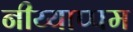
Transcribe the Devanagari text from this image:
नीय्याप्पम